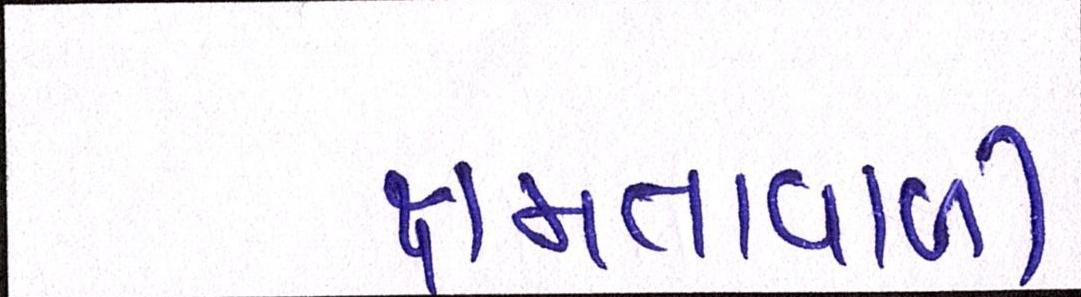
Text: ક્ષમતાવાળી